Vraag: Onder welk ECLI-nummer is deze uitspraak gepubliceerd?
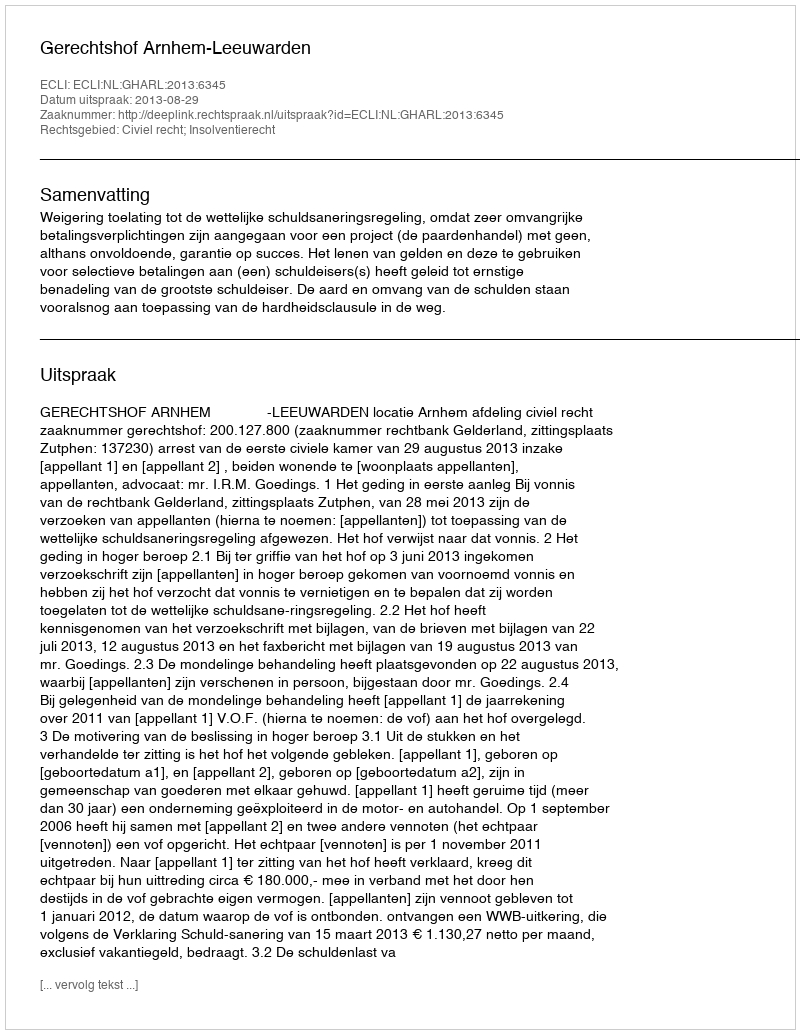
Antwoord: ECLI:NL:GHARL:2013:6345